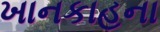
ખાનકાહના